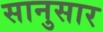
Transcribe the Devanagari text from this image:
सानुसार